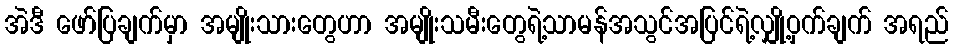
အဲဒီ ဖော်ပြချက်မှာ အမျိုးသားတွေဟာ အမျိုးသမီးတွေရဲ့သာမန်အသွင်အပြင်ရဲ့လျှို့ဝှက်ချက် အရည်